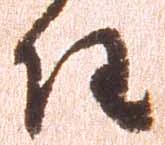
任